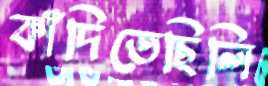
কাঁদিতেছিলি